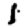
Digit: 1